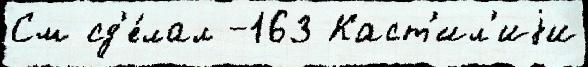
См сд'е́лал -163 Каст'ил'иjи